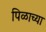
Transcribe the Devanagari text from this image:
पिळाच्या